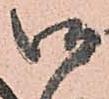
御